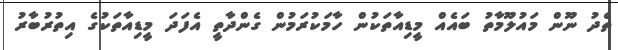
ތެދު ނޫން މައުލޫމާތު ބައެއް މީޑިއާތަކުން ހާމަކުރަމުން ގެންދާތީ އެފަދަ މީޑިއާތަކުގެ އިތުރުބާރު